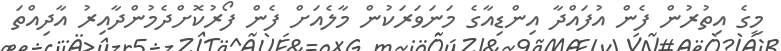
މީގެ އިތުރުން ފެން އުފައްދާ އިންޑިއާގެ މަނަވަރަކުން މާލެއަށް ފެން ފޯރުކޮށްދެމުންދާއިރު އާދިއްތަ